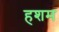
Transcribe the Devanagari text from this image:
हशम